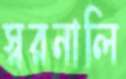
স্বরনালি